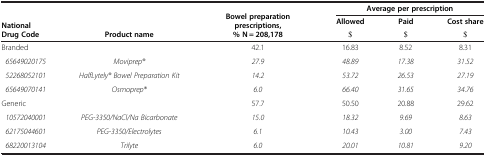
|  |  | <ROWSPAN=3> Bowel preparation prescriptions,% N = 208,178 | <COLSPAN=3> Average per prescription |
 | <ROWSPAN=2> National Drug Code |  | Allowed | Paid | Cost share |
 | Product name | $ | $ | $ |
 | --- | --- | --- | --- | --- | --- |
 | Branded |  | 42.1 | 16.83 | 8.52 | 8.31 |
 | 65649020175 | Moviprep® | 27.9 | 48.89 | 17.38 | 31.52 |
 | 52268052101 | HalfLytely® Bowel Preparation Kit | 14.2 | 53.72 | 26.53 | 27.19 |
 | 65649070141 | Osmoprep® | 6.0 | 66.40 | 31.65 | 34.76 |
 | Generic |  | 57.7 | 50.50 | 20.88 | 29.62 |
 | 10572040001 | PEG-3350/NaCl/Na Bicarbonate | 15.0 | 18.32 | 9.69 | 8.63 |
 | 62175044601 | PEG-3350/Electrolytes | 6.1 | 10.43 | 3.00 | 7.43 |
 | 68220013104 | Trilyte | 6.0 | 20.01 | 10.81 | 9.20 |